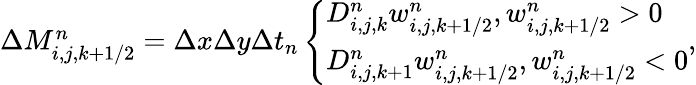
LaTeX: \begin{array}{r}{\Delta M_{i,j,k+1/2}^{n}=\Delta x\Delta y\Delta t_{n}\left\{ \begin{array}{ll}{D_{i,j,k}^{n}w_{i,j,k+1/2}^{n},w_{i,j,k+1/2}^{n}>0}\\ {D_{i,j,k+1}^{n}w_{i,j,k+1/2}^{n},w_{i,j,k+1/2}^{n}<0}\end{array}\right.,}\end{array}